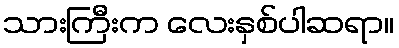
သားကြီးက လေးနှစ်ပါဆရာ။